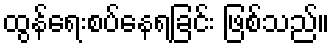
ထွန်ရေးစပ်နေရခြင်း ဖြစ်သည်။